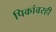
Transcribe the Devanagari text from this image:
पिकांवरही